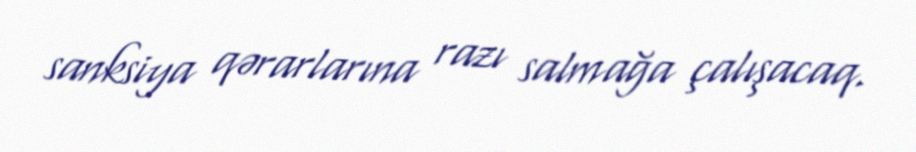
sanksiya qərarlarına razı salmağa çalışacaq.